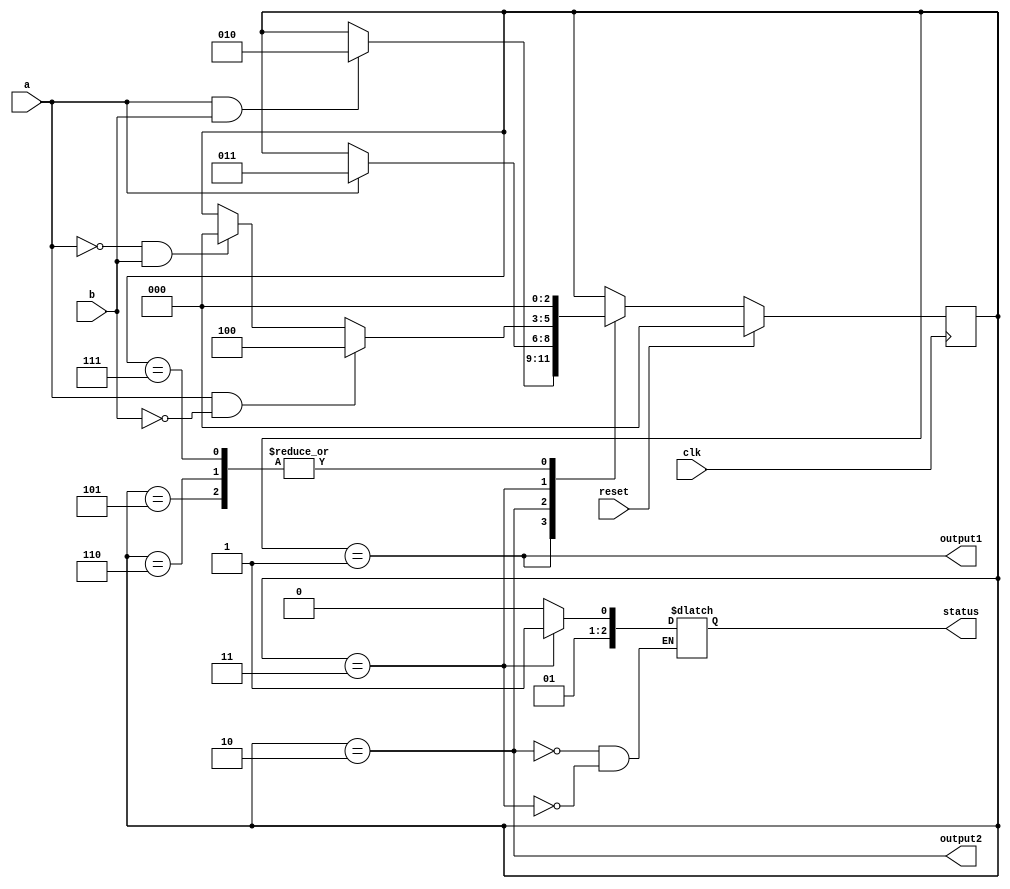
module moore_fsm(input clk,
                 input reset,
                 input a,
                 input b,
                 output output1,
                 output output2,
                 output reg [2:0] status);
  localparam STATE_initial = 3'd0,
             STATE_1 = 3'd1,
             STATE_2 = 3'd2,
             STATE_3 = 3'd3,
             STATE_4 = 3'd4,
             STATE_5_PlaceHolder = 3'd5,
             STATE_6_PlaceHolder = 3'd6,
             STATE_7_PlaceHolder = 3'd7;

  reg [2:0] current_state;
  reg [2:0] next_state;

  always @ (posedge clk) begin
    if (reset) current_state <= STATE_initial;
    else current_state <= next_state;
  end

  always @ (*) begin
    next_state = current_state;
    case (current_state)
      STATE_1: begin
        if (a & b)
          next_state = STATE_2;
      end
      STATE_2: begin
        if(a)
          next_state = STATE_3;
      end
      STATE_3: begin
        if (a & !b)
          next_state = STATE_4;
        else if (!a & b)
          next_state = STATE_initial;
      end
      STATE_4:begin
      end
      STATE_5_PlaceHolder: next_state = STATE_initial;
      STATE_6_PlaceHolder: next_state = STATE_initial;
      STATE_7_PlaceHolder: next_state = STATE_initial;
    endcase
  end

  assign output1 = (current_state == STATE_1) || (curren_state == STATE_2);
  assign output2 = (current_state == STATE_2);

  always @ (*) begin
    case (current_state)
      STATE_2: status = 3'b010;
      STATE_3: status = 3'b011;
    endcase
  end


endmodule